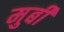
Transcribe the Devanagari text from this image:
मुर्बी